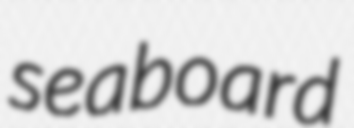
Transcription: seaboard